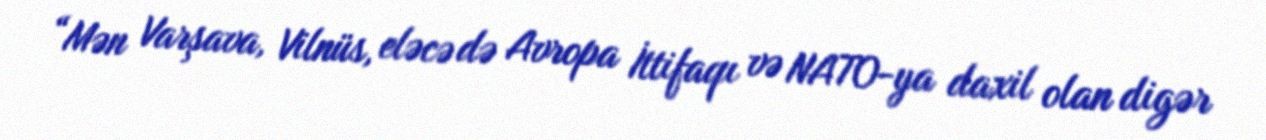
“Mən Varşava, Vilnüs, eləcə də Avropa İttifaqı və NATO-ya daxil olan digər